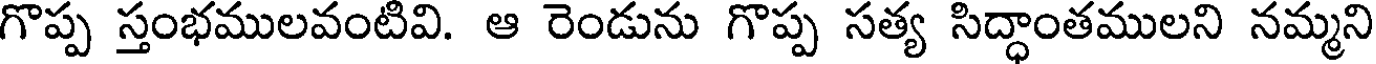
గొప్ప స్తంభములవంటివి. ఆ రెండును గొప్ప సత్య సిద్ధాంతములని నమ్మని